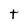
Character: t